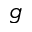
g